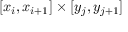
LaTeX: [ x _ { i } , x _ { i + 1 } ] \times [ y _ { j } , y _ { j + 1 } ]